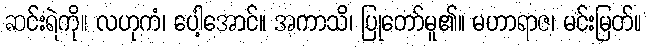
ဆင်းရဲကို။ လဟုကံ၊ ပေါ့အောင်။ အကာသိ၊ ပြုတော်မူ၏။ မဟာရာဇ၊ မင်းမြတ်။